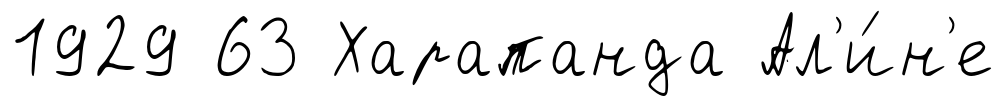
1929 63 Харапанда Ал'и́н'е